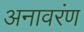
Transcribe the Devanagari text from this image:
अनावरंण